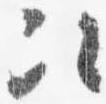
次